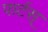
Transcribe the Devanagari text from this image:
पार्टस्